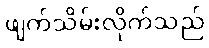
ဖျက်သိမ်းလိုက်သည်